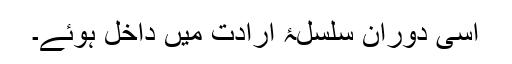
اسی دوران سلسلۂ ارادت میں داخل ہوئے۔